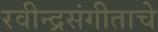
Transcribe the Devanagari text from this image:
रवीन्द्रसंगीताचे